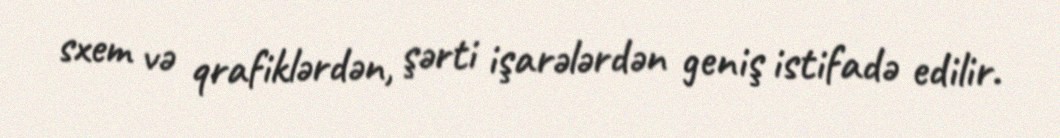
sxem və qrafiklərdən, şərti işarələrdən geniş istifadə edilir.